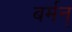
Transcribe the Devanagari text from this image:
बर्मन्